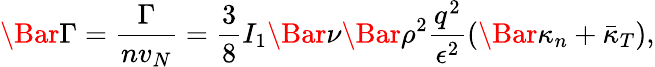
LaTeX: \Bar{\Gamma}=\frac{\Gamma}{nv_{N}}=\frac{3}{8}I_{1}\Bar{\nu}\Bar{\rho}^{2}\frac{q^{2}}{\epsilon^{2}}(\Bar{\kappa}_{n}+\bar{\kappa}_{T}),